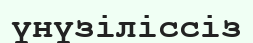
үнүзіліссіз